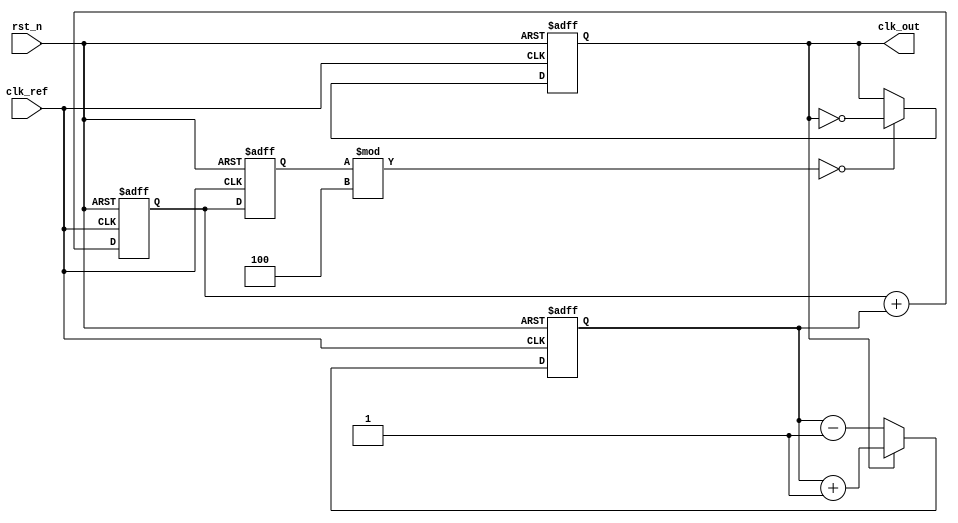
module PLL (
    input wire clk_ref,         // Reference clock input
    input wire rst_n,          // Active-low reset
    output reg clk_out          // Output clock
);

// Parameters
parameter N = 4;               // Integer division ratio
parameter FILTER_SIZE = 8;     // Size of the loop filter

// Internal signals
reg [FILTER_SIZE-1:0] error_signal; // Error signal from the phase detector
reg [FILTER_SIZE-1:0] control_voltage; // Control voltage for VCO
reg [FILTER_SIZE-1:0] vco_frequency; // VCO frequency control

// Phase Detector
always @(posedge clk_ref or negedge rst_n) begin
    if (!rst_n) begin
        error_signal <= 0;
    end else begin
        // Compare the phase of clk_ref and feedback clk
        // Assuming feedback clk is derived from clk_out
        // This is a simple example; phase comparison logic would be more complex
        if (clk_out) begin
            error_signal <= error_signal + 1; // Example phase error
        end else begin
            error_signal <= error_signal - 1; // Example phase error
        end
    end
end

// Loop Filter
always @(posedge clk_ref or negedge rst_n) begin
    if (!rst_n) begin
        control_voltage <= 0;
    end else begin
        // Simple averaging filter for demonstration
        control_voltage <= control_voltage + error_signal;
        // Control voltage limits can be applied here
    end
end

// Voltage-Controlled Oscillator (VCO)
always @(posedge clk_ref or negedge rst_n) begin
    if (!rst_n) begin
        vco_frequency <= 0;
        clk_out <= 0;
    end else begin
        // Adjust VCO frequency based on control voltage
        // Simple example: increment VCO frequency based on control voltage
        vco_frequency <= control_voltage; // Control voltage directly affects frequency
        // Generate output clock based on VCO frequency
        // This is a simplified example; actual VCO implementation would be more complex
        clk_out <= (vco_frequency % N == 0) ? ~clk_out : clk_out; // Toggle clk_out based on frequency
    end
end

// Feedback Divider
reg [N-1:0] divider_count; // Divider count for feedback
always @(posedge clk_out or negedge rst_n) begin
    if (!rst_n) begin
        divider_count <= 0;
    end else begin
        if (divider_count == N-1) begin
            divider_count <= 0;
            // Send feedback signal to phase detector
            // This feedback mechanism is abstracted in this example
        end else begin
            divider_count <= divider_count + 1;
        end
    end
end

endmodule